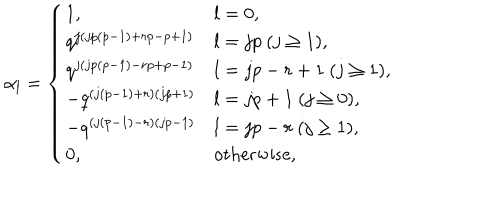
\alpha _ { l } = \left\{ \begin{array} { l l } { { 1 , } } & { { l = 0 , } } \\ { { q ^ { j ( j p ( p - 1 ) + r p - p + 1 ) } } } & { { l = j p ~ ( j \geq 1 ) , } } \\ { { q ^ { j ( j p ( p - 1 ) - r p + p - 1 ) } } } & { { l = j p - r + 1 ~ ( j \geq 1 ) , } } \\ { { - q ^ { ( j ( p - 1 ) + r ) ( j p + 1 ) } } } & { { l = j p + 1 ~ ( j \geq 0 ) , } } \\ { { - q ^ { ( j ( p - 1 ) - r ) ( j p - 1 ) } } } & { { l = j p - r ~ ( j \geq 1 ) , } } \\ { { 0 , } } & { { \mathrm { o t h e r w i s e } , } } \\ \end{array} \right.